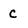
Character: c